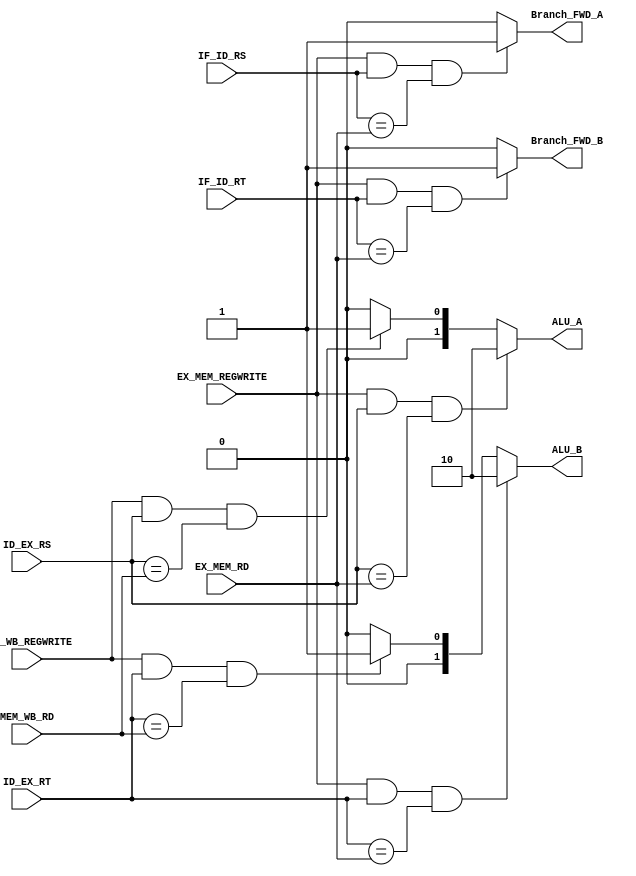
/* file.v
 * UMAINE ECE 473
 * Initial Author: Ryan Kinney <ryan.kinney@maine.edu>
 * Other Authors: Landyn Francis <landyn.francis@maine.edu>
 * Description:
    The forwarding unit takes in various singals from 
	 across the pipeline to check for a read-after-write
	 to prevent stalling the pipline for *most* hazard-y
	 cases.
*/

module forwarding_unit(
	input wire [4:0] ID_EX_RS,
	input wire [4:0] ID_EX_RT,
	input wire [4:0] EX_MEM_RD,
	input wire [4:0] MEM_WB_RD,
	input wire EX_MEM_REGWRITE,
	input wire MEM_WB_REGWRITE,
	input wire [4:0] IF_ID_RS,
	input wire [4:0] IF_ID_RT,
	output reg [1:0] ALU_A, // controls the MUX going to ALU A operand
	output reg [1:0] ALU_B, // controls the MUX going to ALU B operand
	output reg Branch_FWD_A,
	output reg Branch_FWD_B);  
	
	always @* begin
		// first, ALU_A MUX control signal, which controls register RS into the ALU
		if(EX_MEM_REGWRITE && ID_EX_RS && ID_EX_RS == EX_MEM_RD) begin // foward from EX_MEM
			// if the RS register in the next instruction is RD for the current instruction,
			// then forward the result from the ALU to RS, as long as RS is not register 0
			ALU_A = 2'b10;
		end else if (MEM_WB_REGWRITE && ID_EX_RS && ID_EX_RS == MEM_WB_RD) begin // forward from MEM_WB
			// if we are not forwarding from the ALU, then we might be forwarding from the WB stage to the instruction after the next
			// if the RS register is not register 0 and is also RD from the current instruction, then forward
			ALU_A = 2'b01;
		end else begin // no forwarding
			ALU_A = 2'b00;		
		end
		
		// next, ALU_B MUX control signal, which controls register RT into the ALU
		if(EX_MEM_REGWRITE && ID_EX_RT && ID_EX_RT == EX_MEM_RD) begin // foward from EX_MEM
			// if the RT register in the next instruction is RD for the current instruction,
			// then forward the result from the ALU to RT, as long as RT is not register 0
			ALU_B = 2'b10;
		end else if (MEM_WB_REGWRITE && ID_EX_RT && ID_EX_RT == MEM_WB_RD) begin // forward from MEM_WB
			// if we are not forwarding from the ALU, then we might be forwarding from the WB stage to the instruction after the next
			// if the RT register is not register 0 and is also RD from the current instruction, then forward
			ALU_B = 2'b01;
		end else begin // no forwarding
			ALU_B = 2'b00;
		end
		
		//Branch Forwarding
		if(EX_MEM_REGWRITE && IF_ID_RS && IF_ID_RS == EX_MEM_RD) begin 
			//If destination register of previous instruction matches RS of current instruction, forward
			Branch_FWD_A = 1'b1;
		end else begin//Else don't
			Branch_FWD_A = 1'b0;
		end
		
		if(EX_MEM_REGWRITE && IF_ID_RT && IF_ID_RT == EX_MEM_RD) begin
			//If destination register of previous instruction matches RT of current instruction, forward
			Branch_FWD_B = 1'b1;
		end else begin//Else don't
			Branch_FWD_B = 1'b0;
		end
		
		
	end
endmodule